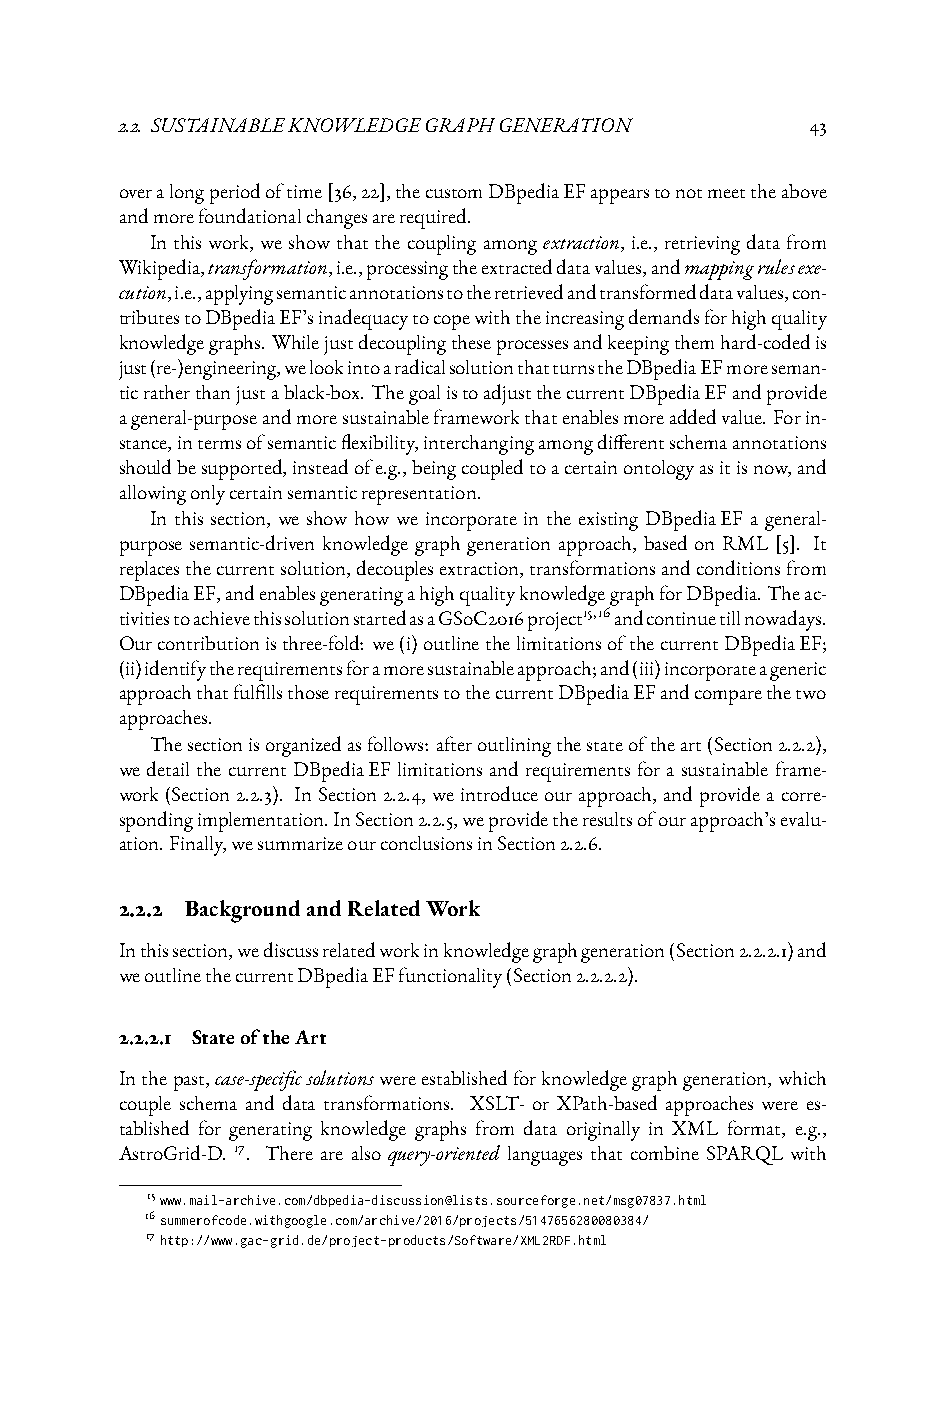
2.2. SUSTAINABLEKNOWLEDGEGRAPHGENERATION      43
 overalongperiodoftime[36,22],thecustomDBpediaEFappearstonotmeettheabove
 andmorefoundationalchangesarerequired.
 Inthiswork, weshowthatthecouplingamongextraction, i.e., retrievingdatafrom
 Wikipedia,transformation,i.e.,processingtheextracteddatavalues,andmappingrulesexe-
 cution,i.e.,applyingsemanticannotationstotheretrievedandtransformeddatavalues,con-
 tributestoDBpediaEF’sinadequacytocopewiththeincreasingdemandsforhighquality
 knowledgegraphs. Whilejustdecouplingtheseprocessesandkeepingthemhard-codedis
 just(re-)engineering,welookintoaradicalsolutionthatturnstheDBpediaEFmoreseman-
 ticratherthanjustablack-box. ThegoalistoadjustthecurrentDBpediaEFandprovide
 ageneral-purposeandmoresustainableframeworkthatenablesmoreaddedvalue.Forin-
 stance,intermsofsemanticflexibility,interchangingamongdifferentschemaannotations
 shouldbesupported,insteadofe.g.,beingcoupledtoacertainontologyasitisnow,and
 allowingonlycertainsemanticrepresentation.
 In this section, we show how we incorporate in the existing DBpediaEF a general-
 purpose semantic-driven knowledge graph generation approach, based on RML [5]. It
 replacesthecurrentsolution,decouplesextraction,transformationsandconditionsfrom
 DBpediaEF,andenablesgeneratingahighqualityknowledgegraphforDBpedia.Theac-
 tivitiestoachievethissolutionstartedasaGSoC2016project15,16andcontinuetillnowadays.
 Ourcontributionisthree-fold: we(i)outlinethelimitationsofthecurrentDBpediaEF;
 (ii)identifytherequirementsforamoresustainableapproach;and(iii)incorporateageneric
 approachthatfulfillsthoserequirementstothecurrentDBpediaEFandcomparethetwo
 approaches.
 Thesectionisorganizedasfollows: afteroutliningthestateoftheart(Section2.2.2),
 we detail the current DBpediaEF limitations and requirements for a sustainable frame-
 work(Section2.2.3). InSection2.2.4, weintroduceourapproach, andprovideacorre-
 spondingimplementation.InSection2.2.5,weprovidetheresultsofourapproach’sevalu-
 ation.Finally,wesummarizeourconclusionsinSection2.2.6.
 2.2.2 BackgroundandRelatedWork
 Inthissection,wediscussrelatedworkinknowledgegraphgeneration(Section2.2.2.1)and
 weoutlinethecurrentDBpediaEFfunctionality(Section2.2.2.2).
 2.2.2.1 StateoftheArt
 Inthepast,case-specificsolutionswereestablishedforknowledgegraphgeneration,which
 couple schema and data transformations. XSLT- or XPath-based approaches were es-
 tablished for generating knowledge graphs from data originally in XML format, e.g.,
 AstroGrid-D. 17. There are also query-oriented languages that combine SPARQL with
 15www.mail-archive.com/dbpedia-discussion@lists.sourceforge.net/msg07837.html
 16summerofcode.withgoogle.com/archive/2016/projects/5147656280080384/
 17http://www.gac-grid.de/project-products/Software/XML2RDF.html